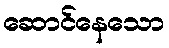
ဆောင်နေသော